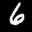
Label: 6